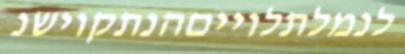
לנמלתלוייםהנתקוישנ